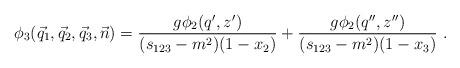
LaTeX: \begin{align*}\phi_3(\vec{q}_1,\vec{q}_2,\vec{q}_3,\vec{n})= \frac{g\phi_2(q',z')}{(s_{123}-m^2)(1-x_2)} +\frac{g\phi_2(q'',z'')}{(s_{123}-m^2)(1-x_3)}\ .\end{align*}